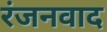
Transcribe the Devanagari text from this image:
रंजनवाद